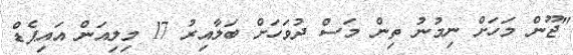
"ޖޫން މަހަށް ނިމުނު ތިން މަސް ދުވަހަށް ބަލާއިރު 17 މިލިއަން އައިޕެޑް